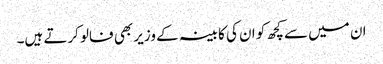
ان میں سے کچھ کو ان کی کابینہ کے وزیر بھی فالو کرتے ہیں۔